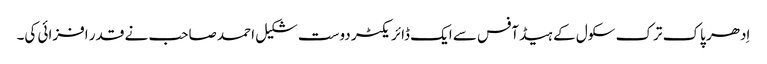
اِدھر پاک ترک سکول کے ہیڈ آفس سے ایک ڈائریکٹر دوست شکیل احمد صاحب نے قدر افزائی کی۔